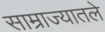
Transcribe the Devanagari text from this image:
साम्राज्यातले